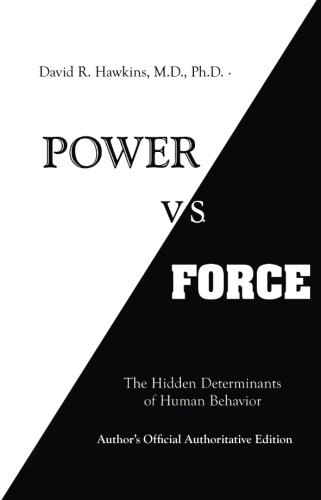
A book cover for Power vs. Force; David R. Hawkins  M.D.  Ph.D.; Self-Help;